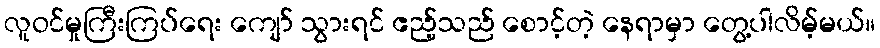
လူဝင်မှုကြီးကြပ်ရေး ကျော် သွားရင် ဧည့်သည် စောင့်တဲ့ နေရာမှာ တွေ့ပါလိမ့်မယ်။